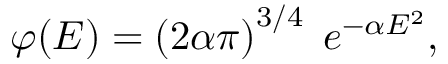
\varphi ( E ) = \left( { { 2 \alpha } \o { \pi } } \right) ^ { 3 / 4 } \; e ^ { - \alpha E ^ { 2 } } ,